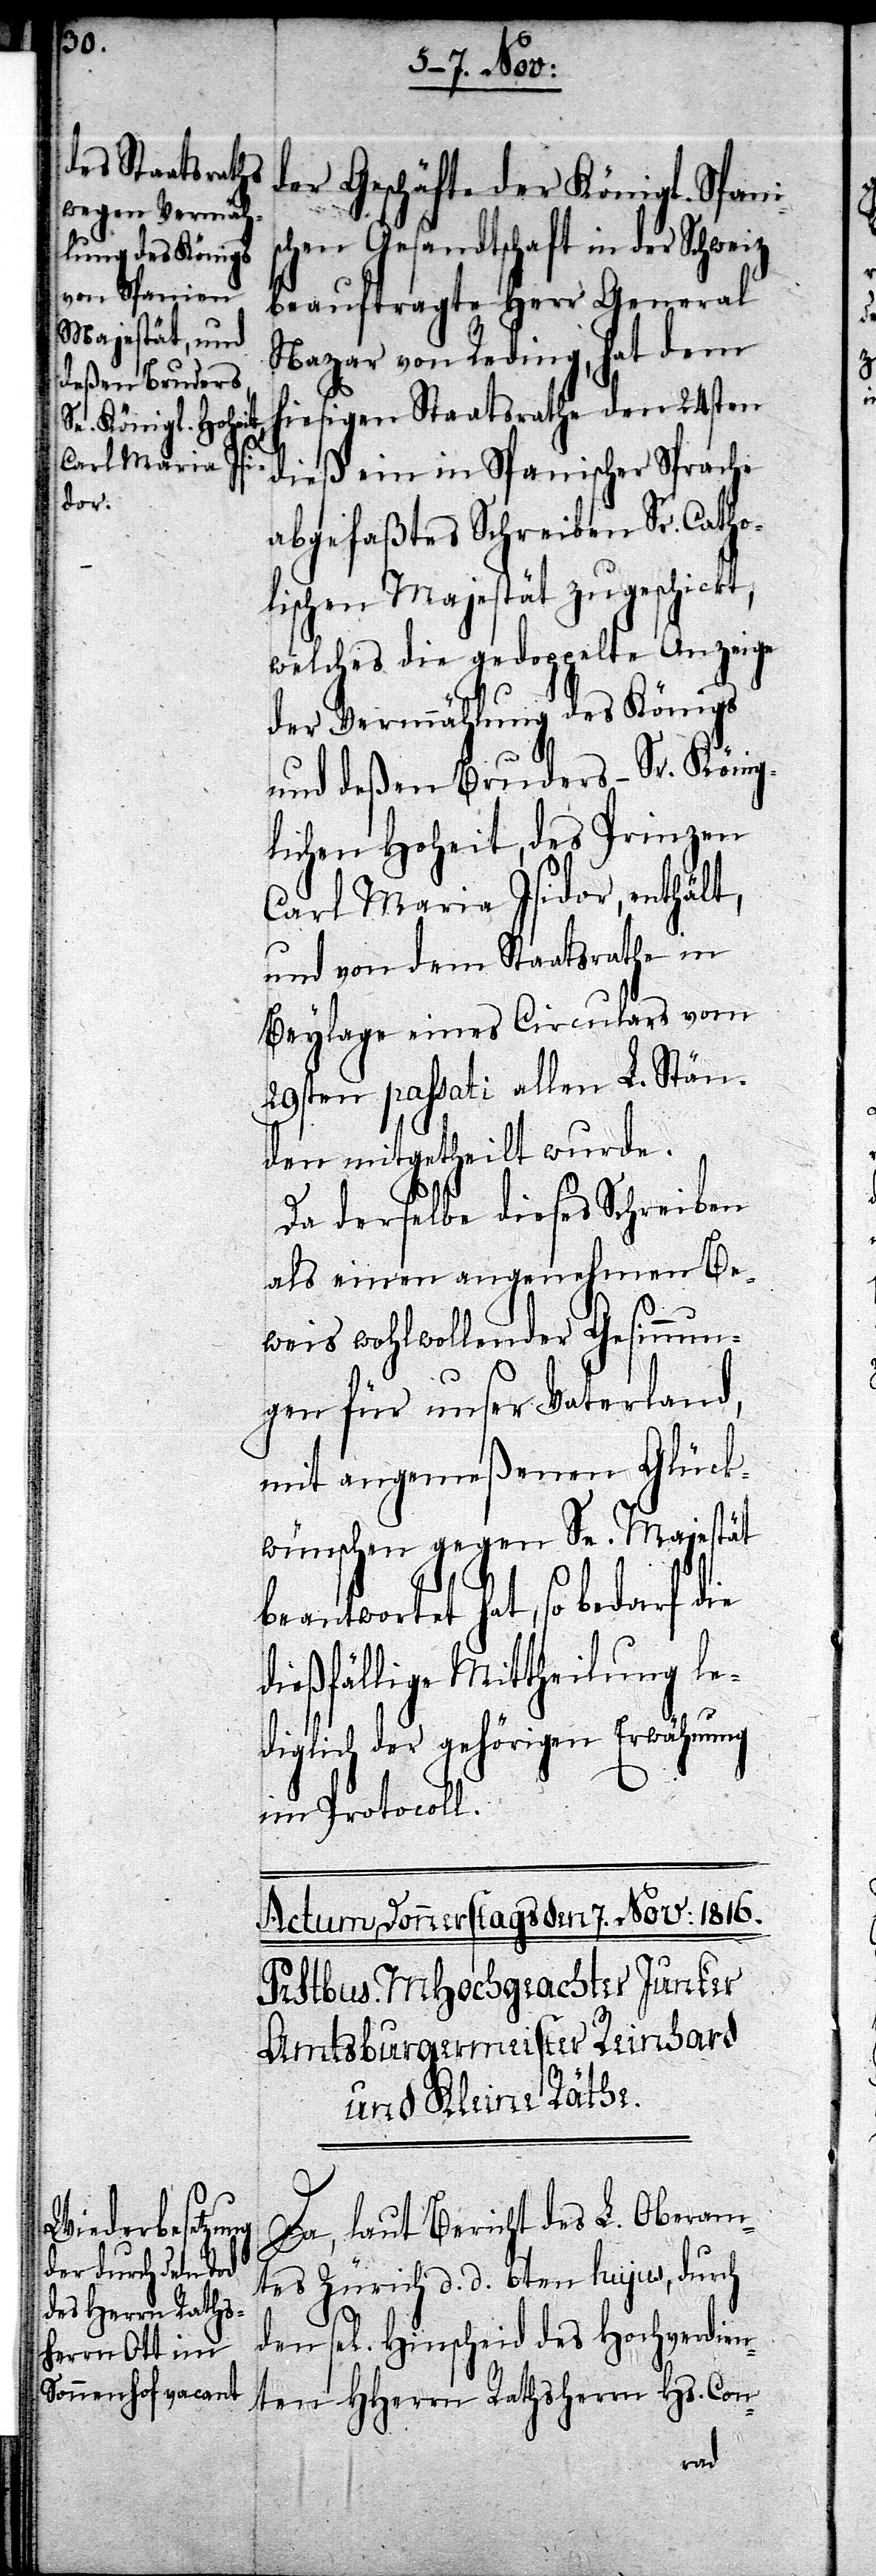
der Geschäfte der Königl. Spani¬
schen Gesandtschaft in der Schweiz
beauftragte Herr General
Nazar von Reding, hat dem
hiesigen Staatsrathe den 24sten
[sic!] ein in Spanischer Sprache
abgefaßtes Schreiben Sr. Catho¬
lischen Majestät zugeschickt,
welches die gedoppelte Anzeige
der Vermählung des Königs
und deßen Bruders – Sr. König¬
lichen Hoheit, des Prinzen
Carl Maria Isidor, enthält,
und von dem Staatsrathe in
Beylage eines Circulars vom
29sten passati allen L. Stän¬
den mitgetheilt wurde.
Da derselbe dieses Schreiben
als einen angenehmen Be¬
weis wohlwollender Gesinnun¬
gen für unser Vaterland,
mit angemeßenen Glück¬
wünschen gegen Se. Majestät
beantwortet hat, so bedarf die
dießfällige Mittheilung le¬
diglich der gehörigen Erwähnung
im Protocoll.
s¬
Da, laut Bericht des L. Oberam¬
tes Zürich d. d. 6ten hujus, durch
el. Hinscheid des Hochverdien¬
den
ten HHerrn Rathsherrn Hs. Con-